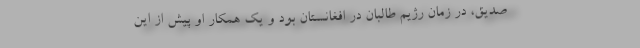
صدیق، در زمان رژیم طالبان در افغانستان بود و یک همکار او پیش از این